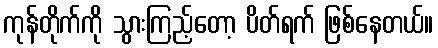
ကုန်တိုက်ကို သွားကြည့်တော့ ပိတ်ရက် ဖြစ်နေတယ်။